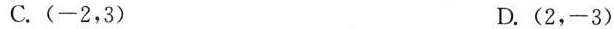
C. (-2，3) D. (2，-3)